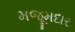
મજૂમદાર